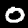
Digit: 0